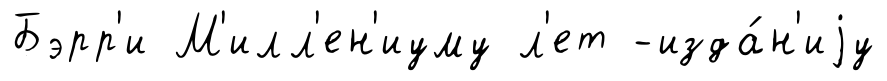
Бэрр'и М'илл'ен'иуму л'ет -изда́н'иjу